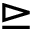
\trianglerighteq